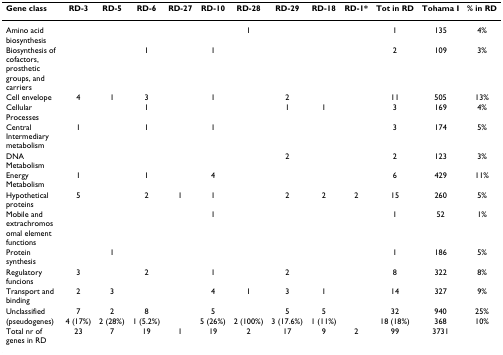
<table><thead><tr><td><b>Gene class</b></td><td><b>RD-3</b></td><td><b>RD-5</b></td><td><b>RD-6</b></td><td><b>RD-27</b></td><td><b>RD-10</b></td><td><b>RD-28</b></td><td><b>RD-29</b></td><td><b>RD-18</b></td><td><b>RD-1*</b></td><td><b>Tot in RD</b></td><td><b>Tohama I</b></td><td><b>% in RD</b></td></tr></thead><tbody><tr><td>Amino acid biosynthesis</td><td></td><td></td><td></td><td></td><td></td><td>1</td><td></td><td></td><td></td><td>1</td><td>135</td><td>4%</td></tr><tr><td>Biosynthesis of cofactors, prosthetic groups, and carriers</td><td></td><td></td><td>1</td><td></td><td>1</td><td></td><td></td><td></td><td></td><td>2</td><td>109</td><td>3%</td></tr><tr><td>Cell envelope</td><td>4</td><td>1</td><td>3</td><td></td><td>1</td><td></td><td>2</td><td></td><td></td><td>11</td><td>505</td><td>13%</td></tr><tr><td>Cellular Processes</td><td></td><td></td><td>1</td><td></td><td></td><td></td><td>1</td><td>1</td><td></td><td>3</td><td>169</td><td>4%</td></tr><tr><td>Central Intermediary metabolism</td><td>1</td><td></td><td>1</td><td></td><td>1</td><td></td><td></td><td></td><td></td><td>3</td><td>174</td><td>5%</td></tr><tr><td>DNA Metabolism</td><td></td><td></td><td></td><td></td><td></td><td></td><td>2</td><td></td><td></td><td>2</td><td>123</td><td>3%</td></tr><tr><td>Energy Metabolism</td><td>1</td><td></td><td>1</td><td></td><td>4</td><td></td><td></td><td></td><td></td><td>6</td><td>429</td><td>11%</td></tr><tr><td>Hypothetical proteins</td><td>5</td><td></td><td>2</td><td>1</td><td>1</td><td></td><td>2</td><td>2</td><td>2</td><td>15</td><td>260</td><td>5%</td></tr><tr><td>Mobile and extrachromosomal element functions</td><td></td><td></td><td></td><td></td><td>1</td><td></td><td></td><td></td><td></td><td>1</td><td>52</td><td>1%</td></tr><tr><td>Protein synthesis</td><td></td><td>1</td><td></td><td></td><td></td><td></td><td></td><td></td><td></td><td>1</td><td>186</td><td>5%</td></tr><tr><td>Regulatory funcions</td><td>3</td><td></td><td>2</td><td></td><td>1</td><td></td><td>2</td><td></td><td></td><td>8</td><td>322</td><td>8%</td></tr><tr><td>Transport and binding</td><td>2</td><td>3</td><td></td><td></td><td>4</td><td>1</td><td>3</td><td>1</td><td></td><td>14</td><td>327</td><td>9%</td></tr><tr><td>Unclassified</td><td>7</td><td>2</td><td>8</td><td></td><td>5</td><td></td><td>5</td><td>5</td><td></td><td>32</td><td>940</td><td>25%</td></tr><tr><td>(pseudogenes)</td><td>4 (17%)</td><td>2 (28%)</td><td>1 (5.2%)</td><td></td><td>5 (26%)</td><td>2 (100%)</td><td>3 (17.6%)</td><td>1 (11%)</td><td></td><td>18 (18%)</td><td>368</td><td>10%</td></tr><tr><td>Total nr of genes in RD</td><td>23</td><td>7</td><td>19</td><td>1</td><td>19</td><td>2</td><td>17</td><td>9</td><td>2</td><td>99</td><td>3731</td><td></td></tr></tbody></table>